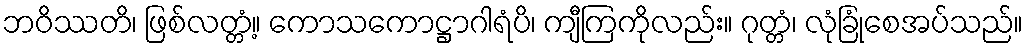
ဘဝိဿတိ၊ ဖြစ်လတ္တံ့။ ကောသကောဋ္ဌာဂါရံပိ၊ ကျီကြကိုလည်း။ ဂုတ္တံ၊ လုံခြုံစေအပ်သည်။